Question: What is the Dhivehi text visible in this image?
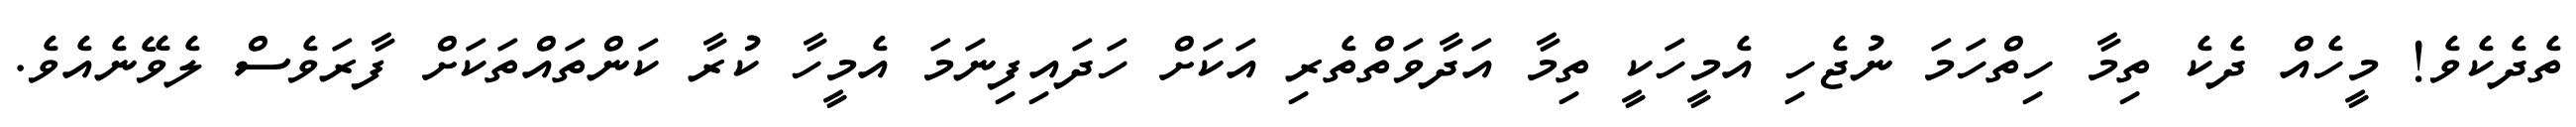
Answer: ތެދެކެވެ! މީހެއް ދެކެ ތިމާ ހިތްހަމަ ނުޖެހި އެމީހަކީ ތިމާ އަދާވަތްތެރި އަކަށް ހަދައިފިނަމަ އެމީހާ ކުރާ ކަންތައްތަކަށް ފާރަވެސް ލެވޭނެއެވެ.